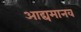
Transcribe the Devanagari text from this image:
आद्यमानव